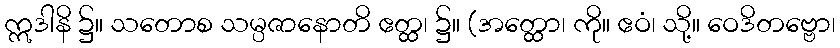
ဣဒါနိ ၌။ သတောစ သမ္ပဇာနောတိ ဧတ္ထ၊ ၌။ (အတ္ထော၊ ကို။ ဧဝံ၊ သို့။ ဝေဒိတဗ္ဗော၊